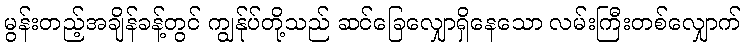
မွန်းတည့်အချိန်ခန့်တွင် ကျွန်ုပ်တို့သည် ဆင်ခြေလျှောရှိနေသော လမ်းကြီးတစ်လျှောက်